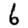
Digit: 6